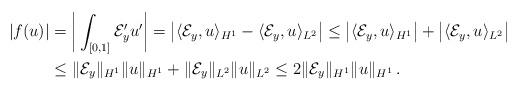
LaTeX: \begin{align*}|f(u)|&=\bigg|\int_{[0,1]}\mathcal{E}_y'u'\bigg|=\big|\langle\mathcal{E}_y,u\rangle_{H^1}-\langle\mathcal{E}_y,u\rangle_{L^2} \big|\leq\big|\langle\mathcal{E}_y,u\rangle_{H^1}\big|+\big|\langle\mathcal{E}_y,u\rangle_{L^2}\big|\\&\leq\|\mathcal{E}_y\|_{H^1}\|u\|_{H^1}+\|\mathcal{E}_y\|_{L^2}\|u\|_{L^2}\leq2\|\mathcal{E}_y\|_{H^1}\|u\|_{H^1}\,.\end{align*}